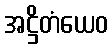
အဋ္ဌိတံယေဝ